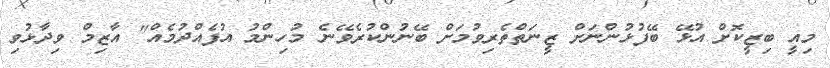
މިއީ ބިޒީކޮށް އުޅޭ ބޭފުޅުންނަށް ޒީނަތްތެރިވުމަށް ބޭނުންކުރެވޭނެ މުހިންމު އުފެއްދުމެއް" އާޒިމް ވިދާޅުވި